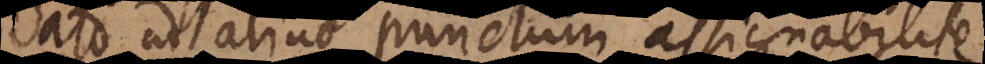
dato ad aliud punctum assignab